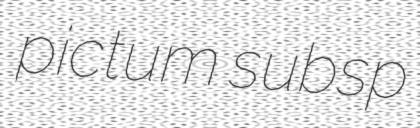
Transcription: pictum subsp